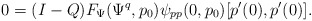
\begin{align*}0 = (I-Q) F_\Psi(\Psi^q,p_0)\psi_{pp}(0,p_0)[p'(0), p'(0)].\end{align*}